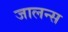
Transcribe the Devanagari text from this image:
जालन्स